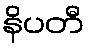
နိပတီ